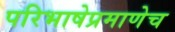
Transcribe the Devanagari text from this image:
परिभाषेप्रमाणेच